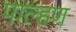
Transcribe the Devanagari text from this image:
पाल्हण